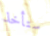
ستأخذ